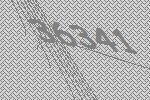
36341